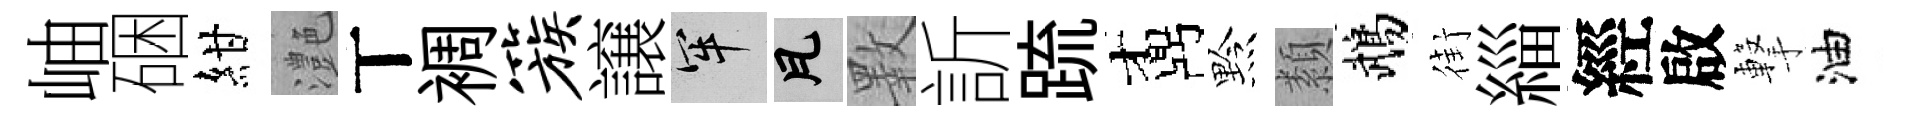
岫硱紺灔丅裯簇譲牢瓦斁訢䟽鼒黔纇鵡街緇經啟撃油